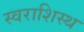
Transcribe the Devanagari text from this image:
स्वराशिस्थ